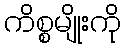
ကိစ္စမျိုးကို